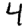
Digit: 4